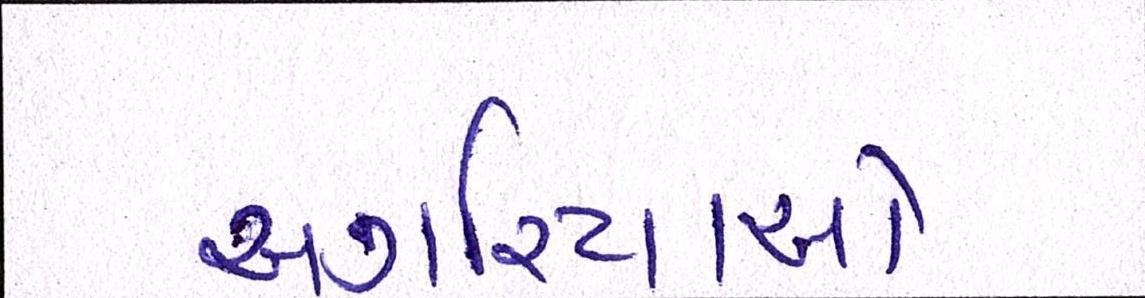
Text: અગરિયાઓ